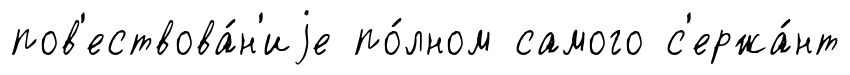
пов'ествова́н'иjе по́лном самого с'ержа́нт